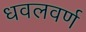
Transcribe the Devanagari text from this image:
धवलवर्ण